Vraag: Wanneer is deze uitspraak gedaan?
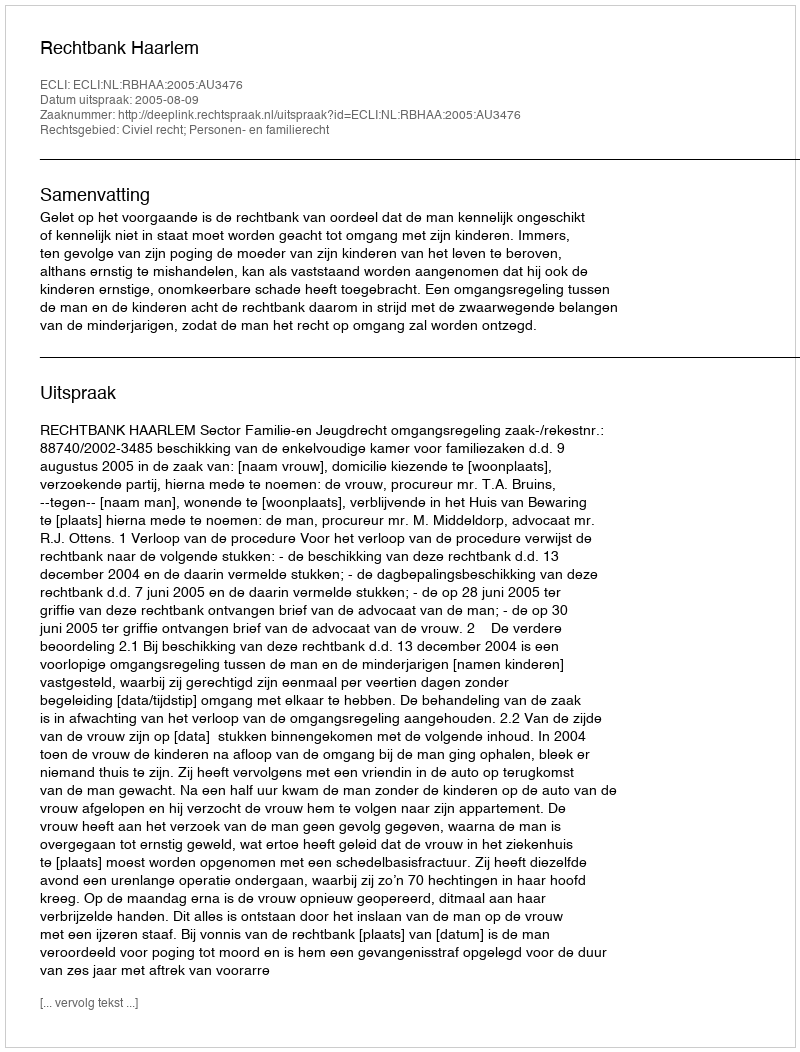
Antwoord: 2005-08-09